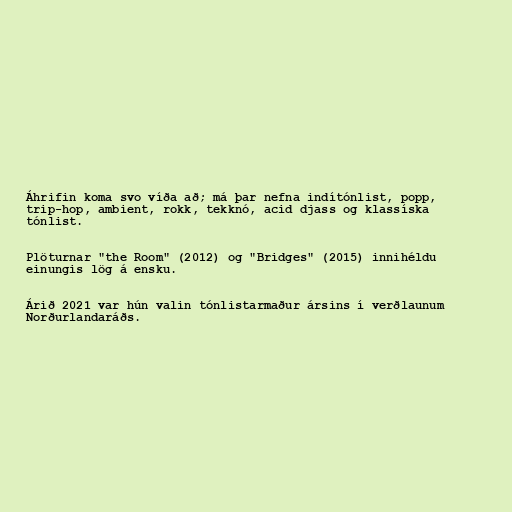
Áhrifin koma svo víða að; má þar nefna indítónlist, popp,
trip-hop, ambient, rokk, tekknó, acid djass og klassíska
tónlist.

Plöturnar "the Room" (2012) og "Bridges" (2015) innihéldu
einungis lög á ensku.

Árið 2021 var hún valin tónlistarmaður ársins í verðlaunum
Norðurlandaráðs.